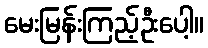
မေးမြန်းကြည့်ဦးပေါ့။